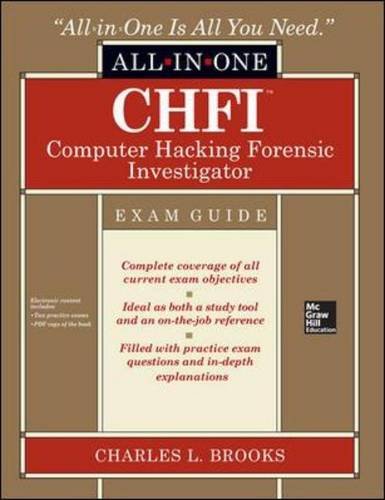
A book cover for CHFI Computer Hacking Forensic Investigator Certification All-in-One Exam Guide; Charles L. Brooks; Computers & Technology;